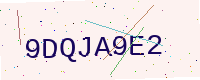
Text: 9DQJA9E2